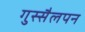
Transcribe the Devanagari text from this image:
गुस्सैलपन